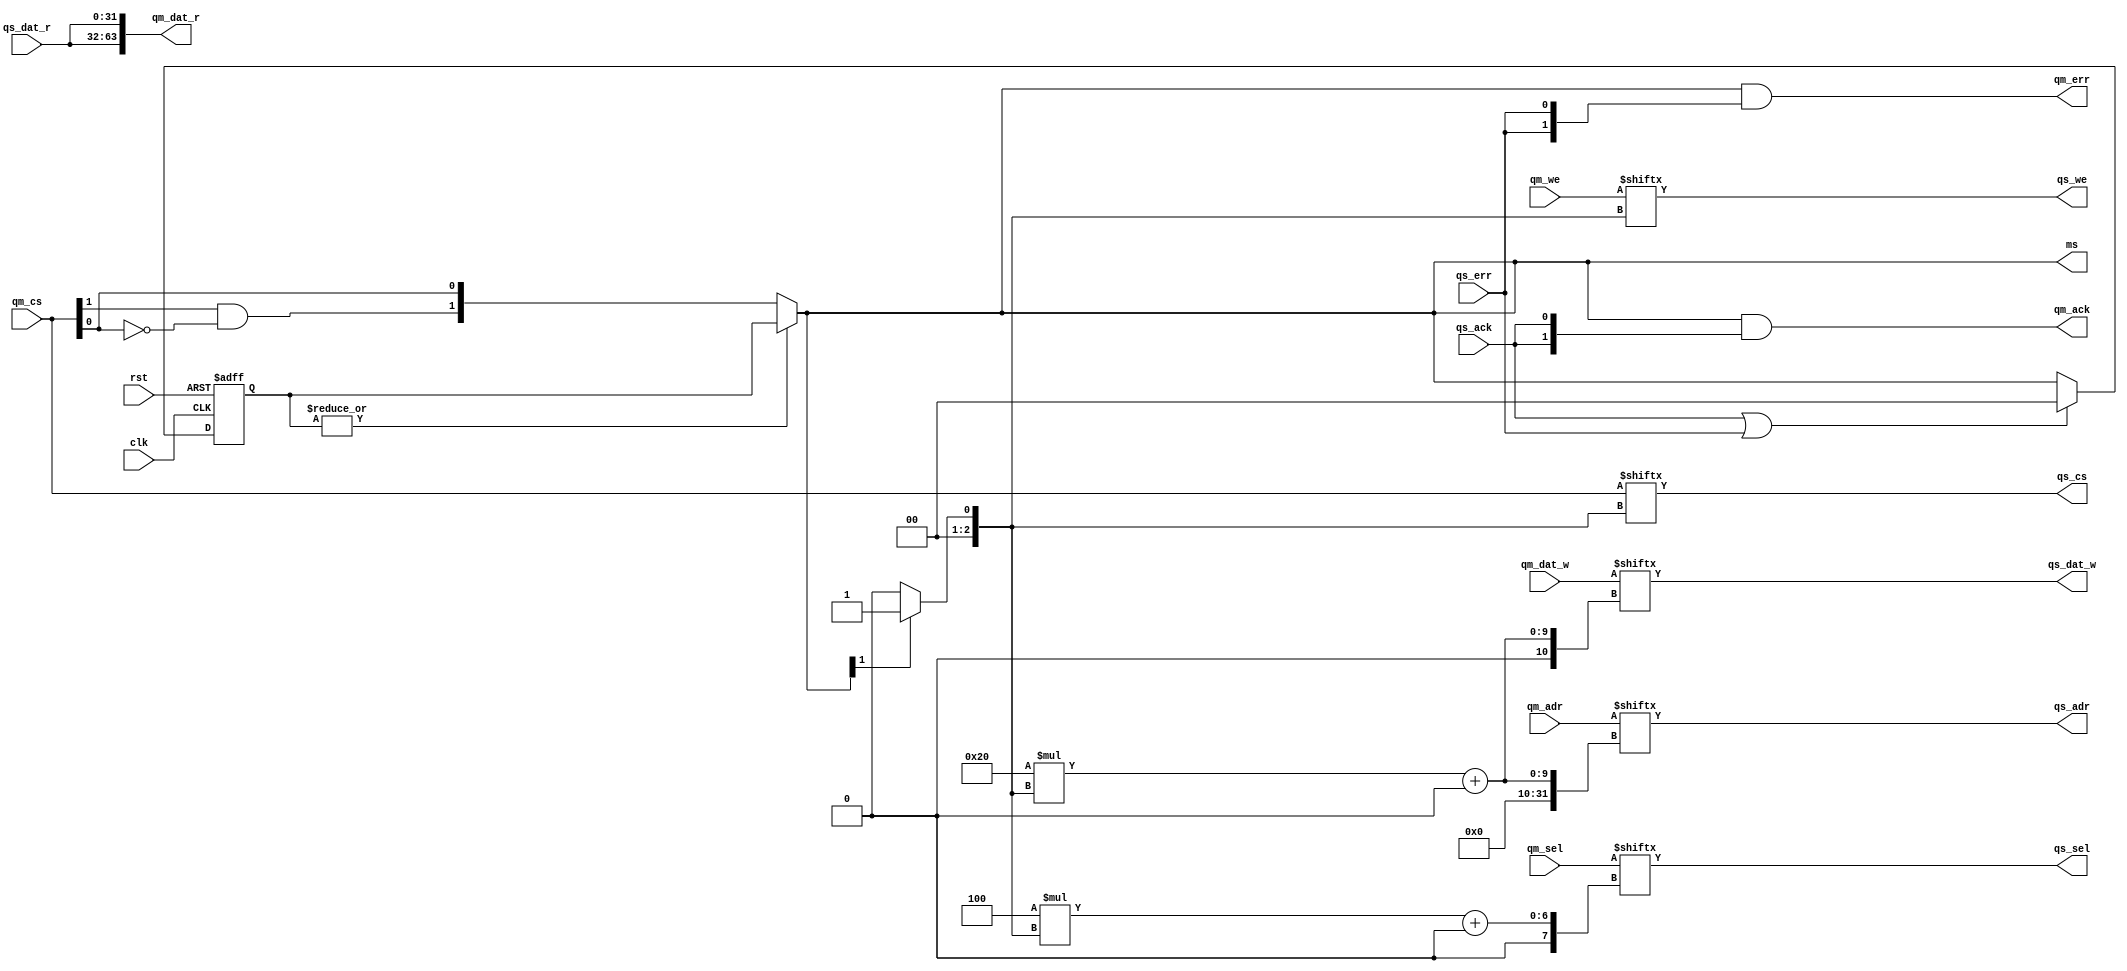
/* qmem_arbiter.v */

module qmem_arbiter #(
  parameter QAW = 32,     // address width
  parameter QDW = 32,     // data width
  parameter QSW = QDW/8,  // byte select width
  parameter MN  = 2       // number of masters
)(
  // system
  input  wire              clk,
  input  wire              rst,
  // slave port for requests from masters
  input  wire [MN    -1:0] qm_cs,
  input  wire [MN    -1:0] qm_we,
  input  wire [MN*QSW-1:0] qm_sel,
  input  wire [MN*QAW-1:0] qm_adr,
  input  wire [MN*QDW-1:0] qm_dat_w,
  output wire [MN*QDW-1:0] qm_dat_r,
  output wire [MN    -1:0] qm_ack,
  output wire [MN    -1:0] qm_err,
  // master port for requests to a slave
  output wire              qs_cs,
  output wire              qs_we,
  output wire    [QSW-1:0] qs_sel,
  output wire    [QAW-1:0] qs_adr,
  output wire    [QDW-1:0] qs_dat_w,
  input  wire    [QDW-1:0] qs_dat_r,
  input  wire              qs_ack,
  input  wire              qs_err,
  // one hot master status (bit MN is always 1'b0)
  output wire     [MN-1:0] ms
);


// this code is written for up to 8 masters
wire     [2:0] ms_a;
wire  [MN-1:0] ms_tmp;
reg   [MN-1:0] ms_reg;

genvar i;

// masters priority decreases from the LSB to the MSB side
assign ms_tmp[0] = qm_cs[0];
generate for (i=1; i<MN; i=i+1) begin : loop_arbiter
  assign ms_tmp[i] = qm_cs[i] & ~|qm_cs[i-1:0];
end endgenerate

always @(posedge clk, posedge rst) begin
  if (rst)                   ms_reg <= #1 0;
  else if (qs_ack | qs_err)  ms_reg <= #1 0;
  else if (!(|ms_reg))       ms_reg <= #1 ms_tmp;
end

assign ms = |ms_reg ? ms_reg : ms_tmp;

generate if (MN == 1) assign ms_a =                                                                              3'd0; endgenerate
generate if (MN == 2) assign ms_a =                                                                   ms[1]?3'd1:3'd0; endgenerate
generate if (MN == 3) assign ms_a =                                                        ms[2]?3'd2:ms[1]?3'd1:3'd0; endgenerate
generate if (MN == 4) assign ms_a =                                             ms[3]?3'd3:ms[2]?3'd2:ms[1]?3'd1:3'd0; endgenerate
generate if (MN == 5) assign ms_a =                                  ms[4]?3'd4:ms[3]?3'd3:ms[2]?3'd2:ms[1]?3'd1:3'd0; endgenerate
generate if (MN == 6) assign ms_a =                       ms[5]?3'd5:ms[4]?3'd4:ms[3]?3'd3:ms[2]?3'd2:ms[1]?3'd1:3'd0; endgenerate
generate if (MN == 7) assign ms_a =            ms[6]?3'd6:ms[5]?3'd5:ms[4]?3'd4:ms[3]?3'd3:ms[2]?3'd2:ms[1]?3'd1:3'd0; endgenerate
generate if (MN == 8) assign ms_a = ms[7]?3'd7:ms[6]?3'd6:ms[5]?3'd5:ms[4]?3'd4:ms[3]?3'd3:ms[2]?3'd2:ms[1]?3'd1:3'd0; endgenerate

// slave port for requests from masters
assign qs_cs    = qm_cs   [ms_a];
assign qs_we    = qm_we   [ms_a];
assign qs_sel   = qm_sel  [(QSW*ms_a)+:QSW];
assign qs_adr   = qm_adr  [(QAW*ms_a)+:QAW];
assign qs_dat_w = qm_dat_w[(QDW*ms_a)+:QDW];

// master ports for requests to a slave
generate for (i=0; i<MN; i=i+1) begin : loop_bus
  assign qm_dat_r [QDW*(i+1)-1:QDW*(i+1)-QDW] = qs_dat_r;
end endgenerate

// one hot is a bit of overkill for register
assign qm_ack = ms & {MN{qs_ack}};
assign qm_err = ms & {MN{qs_err}};


endmodule